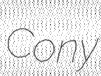
Cony